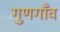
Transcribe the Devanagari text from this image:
गुणगाँव